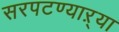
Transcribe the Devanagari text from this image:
सरपटण्याऱ्या